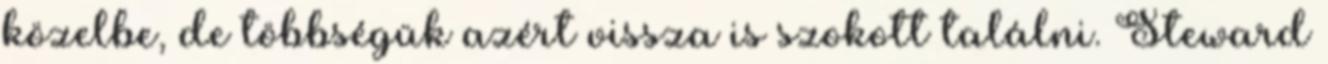
közelbe, de többségük azért vissza is szokott találni. Steward